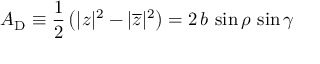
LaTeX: A _ { \mathrm { D } } \equiv \frac { 1 } { 2 } \left( | z | ^ { 2 } - | \overline { { { z } } } | ^ { 2 } \right) = 2 \, b \, \sin \rho \, \sin \gamma